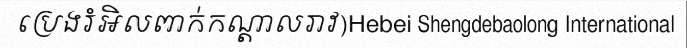
ប្រេងរំអិលពាក់កណ្តាលរាវ)Hebei Shengdebaolong International